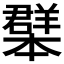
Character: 𦏓